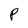
Character: P